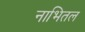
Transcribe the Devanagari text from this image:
नाभितल